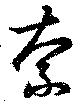
奈